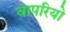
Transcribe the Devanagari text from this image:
वापरियो